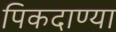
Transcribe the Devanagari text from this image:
पिकदाण्या